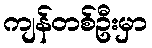
ကျန်တစ်ဦးမှာ